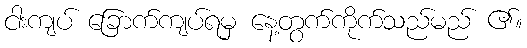
ငါးကျပ် ခြောက်ကျပ်ရမှ နေ့တွက်ကိုက်သည်မည် ၏။